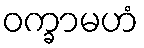
ဝက္ခာမဟံ